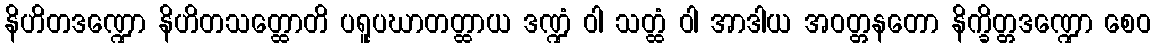
နိဟိတဒဏ္ဍော နိဟိတသတ္ထောတိ ပရူပဃာတတ္ထာယ ဒဏ္ဍံ ဝါ သတ္ထံ ဝါ အာဒါယ အဝတ္တနတော နိက္ခိတ္တဒဏ္ဍော စေဝ